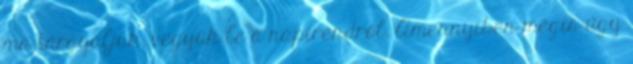
ma tárgyaljuk, vegyük le a napirendről. Amennyiben mégis úgy